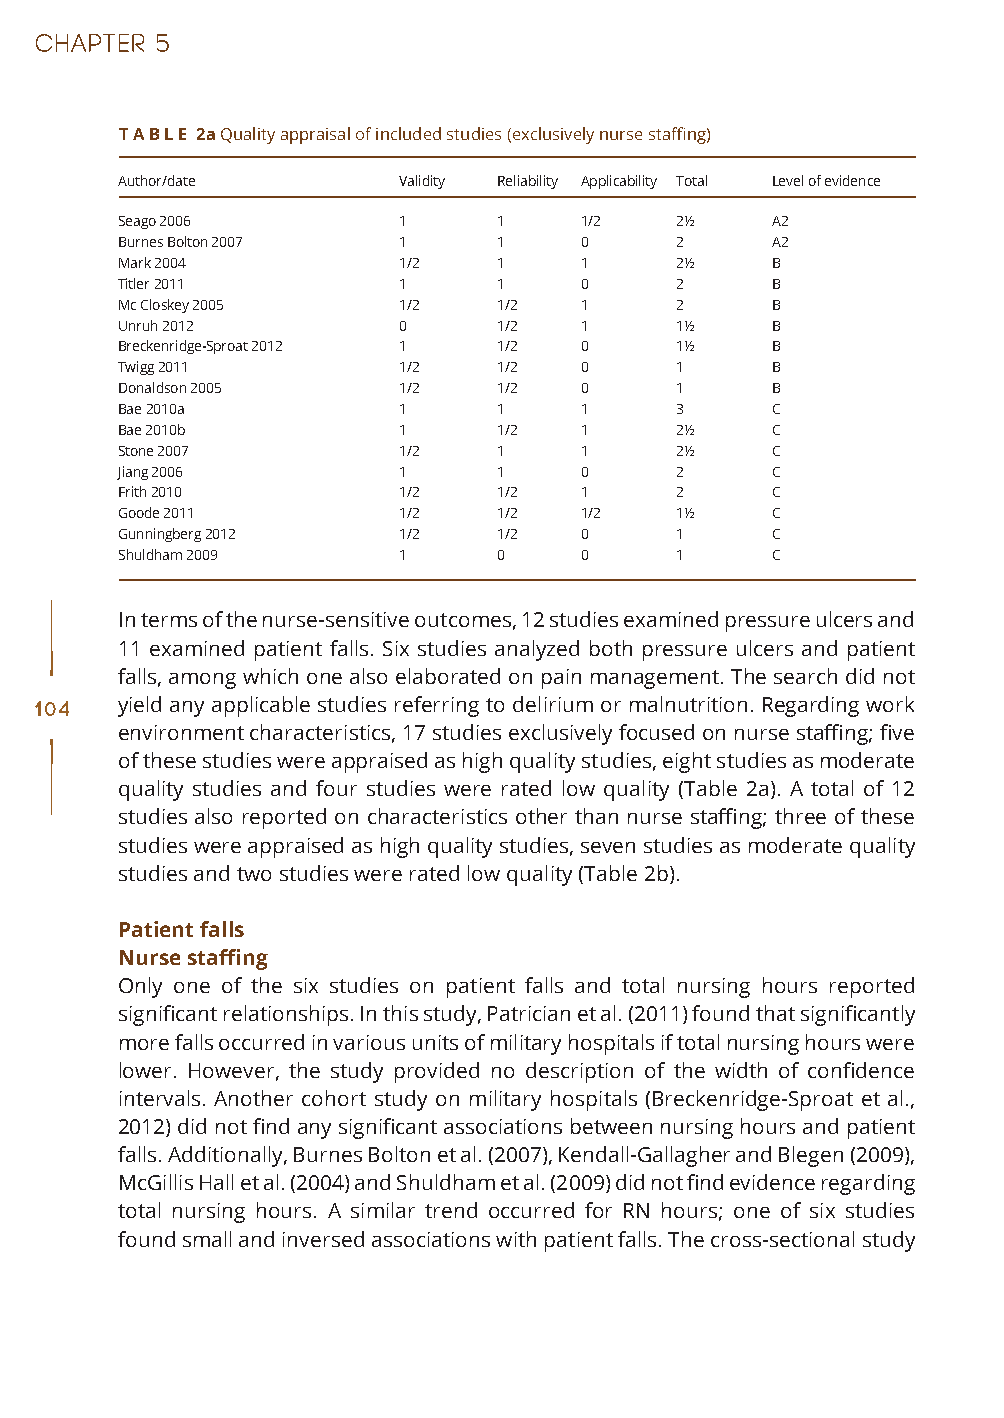
T A B L E 2a Quality appraisal of included studies (exclusively nurse staffing)
 Author/date       Validity Reliability Applicability Total Level of evidence
 Seago 2006        1      1    1/2    2½    A2
 Burnes Bolton 2007 1     1    0      2     A2
 Mark 2004         1/2    1    1      2½    B
 Titler 2011       1      1    0      2     B
 Mc Closkey 2005   1/2    1/2  1      2     B
 Unruh 2012        0      1/2  1      1½    B
 Breckenridge-Sproat 2012 1 1/2 0     1½    B
 Twigg 2011        1/2    1/2  0      1     B
 Donaldson 2005    1/2    1/2  0      1     B
 Bae 2010a         1      1    1      3     C
 Bae 2010b         1      1/2  1      2½    C
 Stone 2007        1/2    1    1      2½    C
 Jiang 2006        1      1    0      2     C
 Frith 2010        1/2    1/2  1      2     C
 Goode 2011        1/2    1/2  1/2    1½    C
 Gunningberg 2012  1/2    1/2  0      1     C
 Shuldham 2009     1      0    0      1     C
 In terms of the nurse-sensitive outcomes, 12 studies examined pressure ulcers and
 11 examined patient falls. Six studies analyzed both pressure ulcers and patient
 falls, among which one also elaborated on pain management. The search did not
 104   yield any applicable studies referring to delirium or malnutrition. Regarding work
 environment characteristics, 17 studies exclusively focused on nurse staffing; five
 of these studies were appraised as high quality studies, eight studies as moderate
 quality studies and four studies were rated low quality (Table 2a). A total of 12
 studies also reported on characteristics other than nurse staffing; three of these
 studies were appraised as high quality studies, seven studies as moderate quality
 studies and two studies were rated low quality (Table 2b).
 Patient falls
 Nurse staffing
 Only one of the six studies on patient falls and total nursing hours reported
 significant relationships. In this study, Patrician et al. (2011) found that significantly
 more falls occurred in various units of military hospitals if total nursing hours were
 lower. However, the study provided no description of the width of confidence
 intervals. Another cohort study on military hospitals (Breckenridge-Sproat et al.,
 2012) did not find any significant associations between nursing hours and patient
 falls. Additionally, Burnes Bolton et al. (2007), Kendall-Gallagher and Blegen (2009),
 McGillis Hall et al. (2004) and Shuldham et al. (2009) did not find evidence regarding
 total nursing hours. A similar trend occurred for RN hours; one of six studies
 found small and inversed associations with patient falls. The cross-sectional study